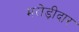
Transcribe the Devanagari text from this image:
मरोड़ीदार